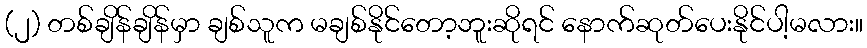
(၂) တစ်ချိန်ချိန်မှာ ချစ်သူက မချစ်နိုင်တော့ဘူးဆိုရင် နောက်ဆုတ်ပေးနိုင်ပါ့မလား။